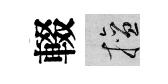
輟擅